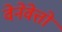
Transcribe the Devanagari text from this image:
वेनेवेत्तो